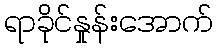
ရာခိုင်နှုန်းအောက်